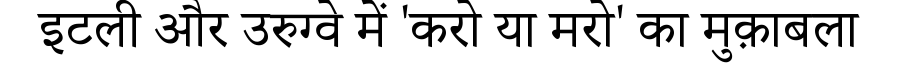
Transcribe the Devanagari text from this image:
इटली और उरुग्वे में 'करो या मरो' का मुक़ाबला